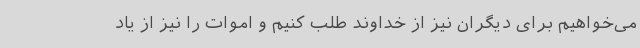
می‌خواهیم برای دیگران نیز از خداوند طلب کنیم و اموات را نیز از یاد